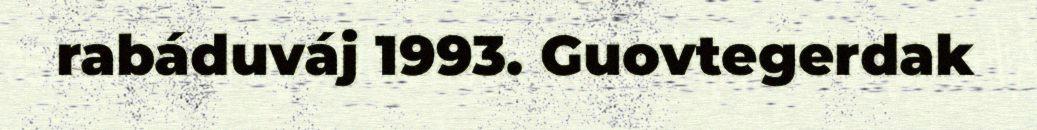
rabáduváj 1993. Guovtegerdak